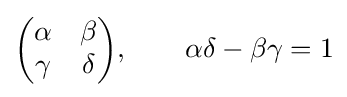
{\begin{pmatrix}\alpha &\beta \\\gamma &\delta \end{pmatrix}},\qquad \alpha \delta -\beta \gamma =1